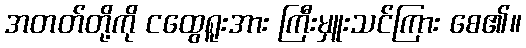
အတတ်တို့ကို ငထွေရူးအား ကြီးမှူးသင်ကြား စေ၏။